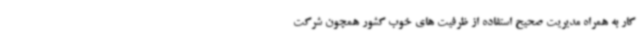
کار به همراه مدیریت صحیح استفاده از ظرفیت های خوب کشور همچون شرکت